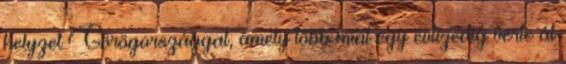
helyzet Görögországgal, amely több mint egy évtizedig verte át